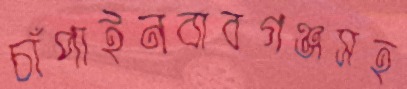
চাঁপাইনবাবগঞ্জসহ